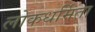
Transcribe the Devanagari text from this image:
लोकधर्मिता